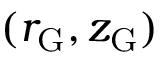
( r _ { \mathrm { G } } , z _ { \mathrm { G } } )